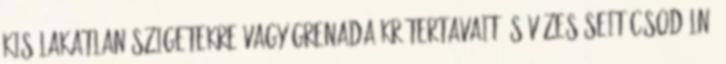
kis lakatlan szigetekre vagy Grenada krátertavait és vízeséseit csodálná